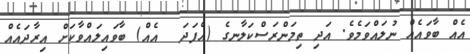
އެއް ބާވައެއް ނުލައްވަމެވެ. އަދި ތިމަންރަސްކަލާނގެ (އެފަދަ  އެއް) ބާވައިލައްވާކަށް އިރާދައެއް